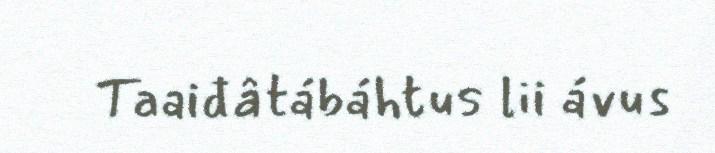
Taaiđâtábáhtus lii ávus